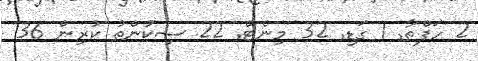
2 ހަފްތާ